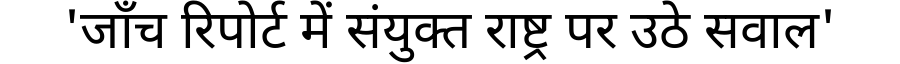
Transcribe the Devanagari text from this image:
'जाँच रिपोर्ट में संयुक्त राष्ट्र पर उठे सवाल'